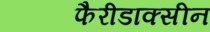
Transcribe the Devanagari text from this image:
फैरीडाक्सीन